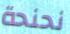
نحنحة